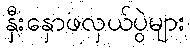
နှီးနှောဖလှယ်ပွဲများ